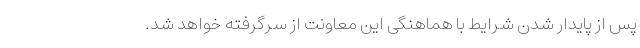
پس از پایدار شدن شرایط با هماهنگی این معاونت از سرگرفته خواهد شد.